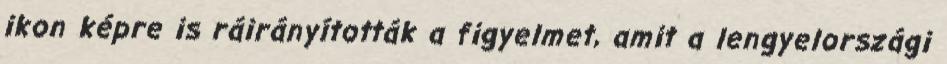
ikon képre is ráirányították a figyelmet, amit a lengyelországi